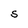
Character: S